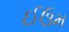
ઈઉમ